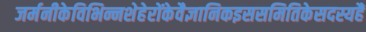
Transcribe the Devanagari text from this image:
जर्मनीकेविभिन्नशेहेरोंकेवैज्ञानिकइससमितिकेसदस्यहैं